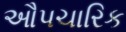
ઔપચારિક